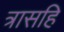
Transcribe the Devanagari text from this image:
त्रासहि